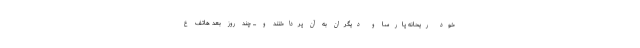
خود ریحانه پارسا و دیگران به آن پرداختند و ... چند روز بعد هاتف ع